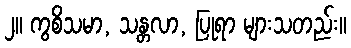
၂။ ကွစိသမာ, သန္တလာ, ပြုရာ များသတည်း။